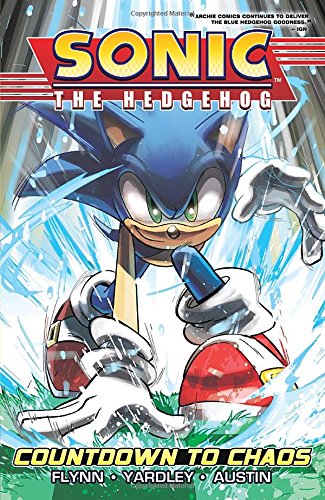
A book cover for Sonic the Hedgehog 1: Countdown to Chaos; Sonic Scribes; Children's Books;